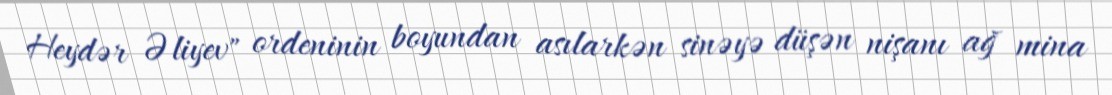
Heydər Əliyev" ordeninin boyundan asılarkən sinəyə düşən nişanı ağ mina